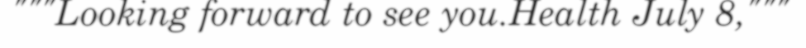
"""Looking forward to see you.Health July 8,"""